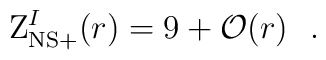
{\rm Z}_{{\rm NS}+}^{I}(r) = 9+{\cal O}(r)~~.